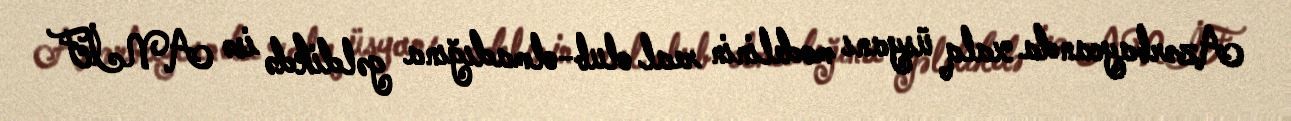
Azərbaycanda xalq üsyanı modelinin real olub-olmadığına gəldikdə isə ANİF